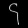
Digit: ၄